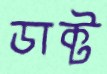
ডাক্ট